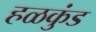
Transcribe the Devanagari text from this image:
हळकुंड